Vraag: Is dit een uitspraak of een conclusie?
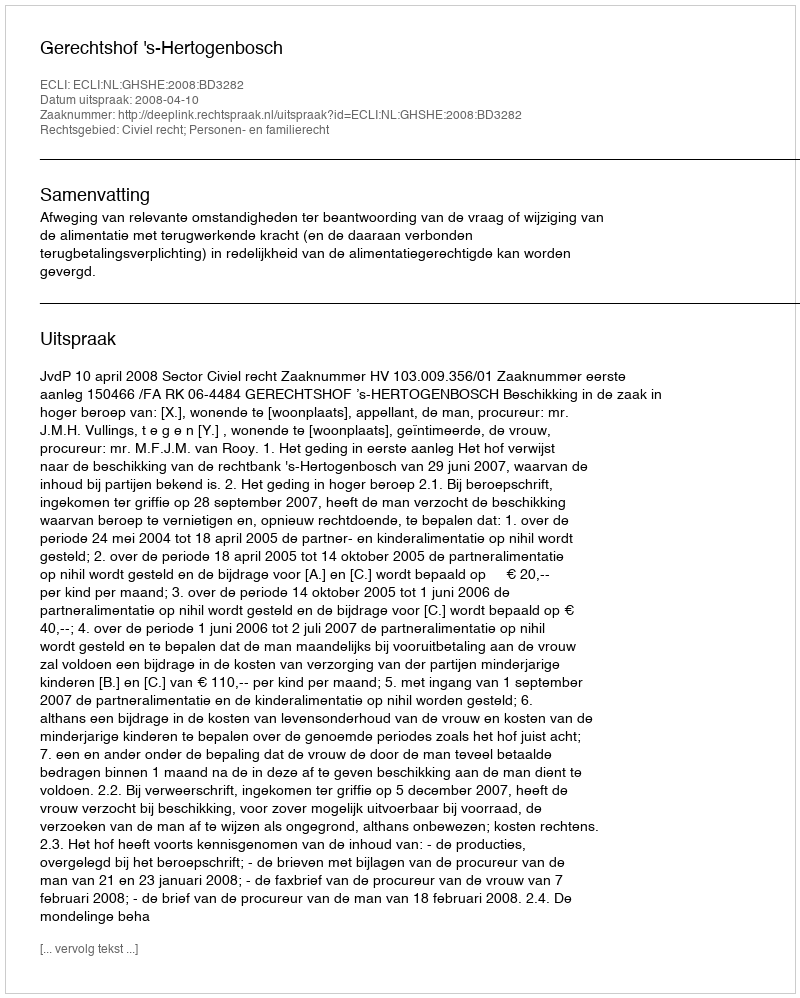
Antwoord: Uitspraak